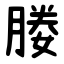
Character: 媵